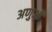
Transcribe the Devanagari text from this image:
अणुऑ